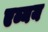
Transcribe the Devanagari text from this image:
एब्यय